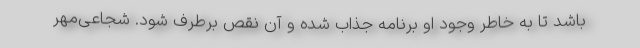
باشد تا به خاطر وجود او برنامه جذاب شده و آن نقص برطرف شود. شجاعی‌مهر